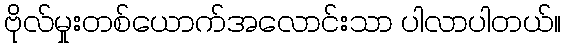
ဗိုလ်မှုးတစ်ယောက်အလောင်းသာ ပါလာပါတယ်။